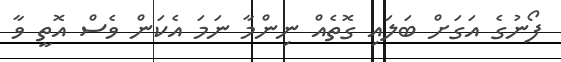
ފޯނުގެ އަގަށް ބަލައި ގޮތެއް ނިންމާ ނަމަ އެކަން ވެސް އޮތީ ވާ